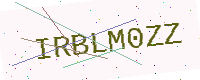
Text: IRBLM0ZZ